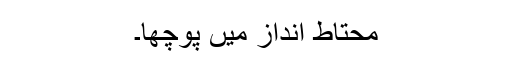
محتاط انداز میں پوچھا۔